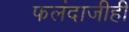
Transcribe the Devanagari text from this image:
फलंदाजीही